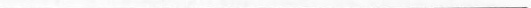
___